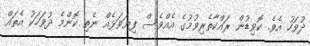
ދުވަހު އެވެ. ކޮވިޑުން ރައްކާތެރިވުމުގެ އެއްވެސް ފިޔަވަޅެއް ނެތި ކޮންމެ ދުވަހަކު އެތައް